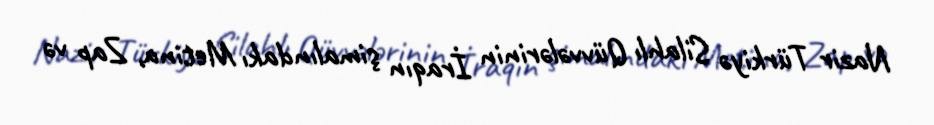
Nazir Türkiyə Silahlı Qüvvələrinin İraqın şimalındakı Metina, Zap və